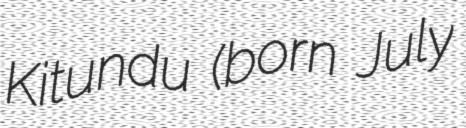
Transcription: Kitundu (born July